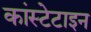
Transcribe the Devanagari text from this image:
कांस्टेटाइन